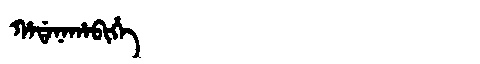
Manchu: ᡥᠠᡩᠠᠨᠠᡥᠠᠪᡳᡥᡝ
Romanization: HADANAHABIHE